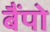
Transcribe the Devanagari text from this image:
बैंपो